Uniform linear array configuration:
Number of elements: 12
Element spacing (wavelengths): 0.75
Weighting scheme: hann
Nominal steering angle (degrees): -30
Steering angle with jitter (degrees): -29.117
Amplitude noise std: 0.05
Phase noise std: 0.05

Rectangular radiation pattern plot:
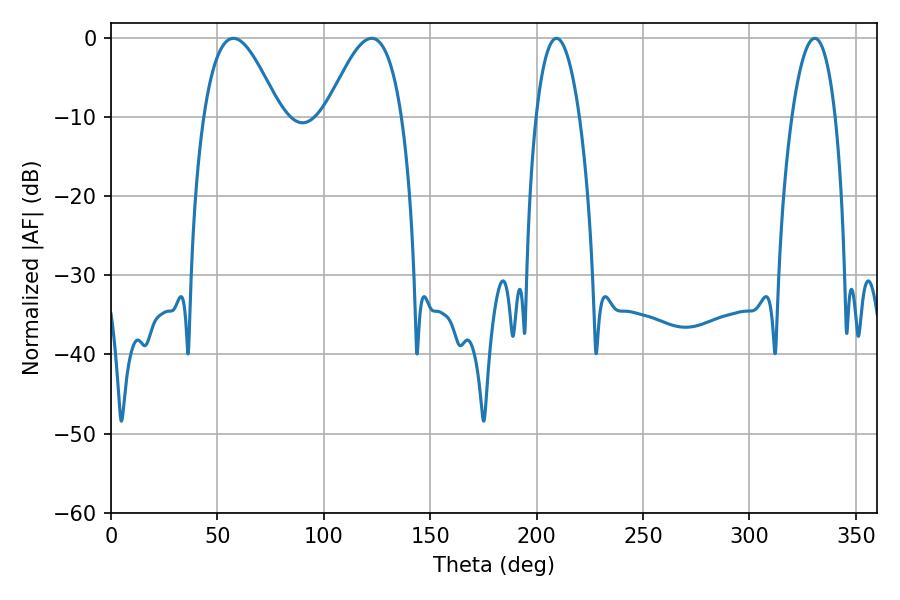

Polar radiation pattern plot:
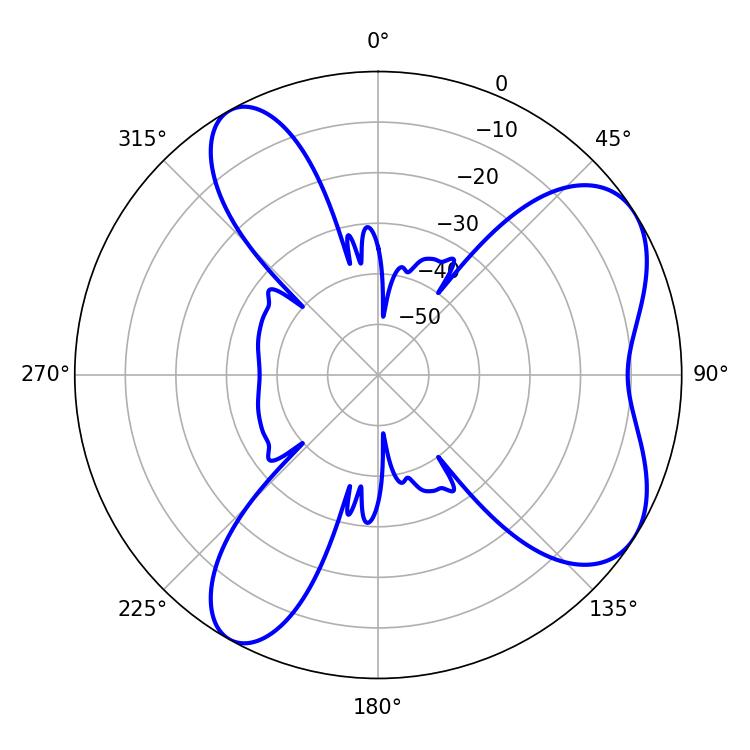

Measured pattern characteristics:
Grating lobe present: TRUE
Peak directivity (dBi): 6.531
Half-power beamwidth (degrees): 11.52
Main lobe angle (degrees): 209.34